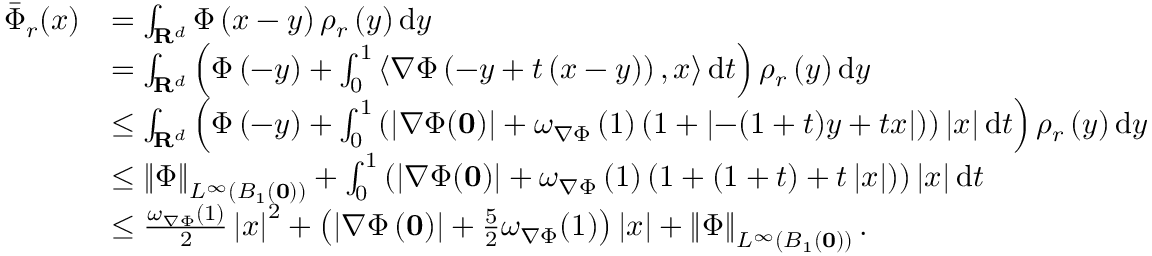
\begin{array} { r l } { \Bar { \Phi } _ { r } ( x ) } & { = \int _ { \mathbf { R } ^ { d } } \Phi \left( x - y \right) \rho _ { r } \left( y \right) \mathrm { d } y } \\ & { = \int _ { \mathbf { R } ^ { d } } \left( \Phi \left( - y \right) + \int _ { 0 } ^ { 1 } \left\langle \nabla \Phi \left( - y + t \left( x - y \right) \right) , x \right\rangle \mathrm { d } t \right) \rho _ { r } \left( y \right) \mathrm { d } y } \\ & { \le \int _ { \mathbf { R } ^ { d } } \left( \Phi \left( - y \right) + \int _ { 0 } ^ { 1 } \left( \left| \nabla \Phi ( \mathbf { 0 } ) \right| + \omega _ { \nabla \Phi } \left( 1 \right) \left( 1 + \left| - ( 1 + t ) y + t x \right| \right) \right) \left| x \right| \mathrm { d } t \right) \rho _ { r } \left( y \right) \mathrm { d } y } \\ & { \le \left\| \Phi \right\| _ { L ^ { \infty } ( B _ { 1 } ( \mathbf { 0 } ) ) } + \int _ { 0 } ^ { 1 } \left( \left| \nabla \Phi ( \mathbf { 0 } ) \right| + \omega _ { \nabla \Phi } \left( 1 \right) \left( 1 + ( 1 + t ) + t \left| x \right| \right) \right) \left| x \right| \mathrm { d } t } \\ & { \le \frac { \omega _ { \nabla \Phi } ( 1 ) } { 2 } \left| x \right| ^ { 2 } + \left( \left| \nabla \Phi \left( \mathbf { 0 } \right) \right| + \frac { 5 } { 2 } \omega _ { \nabla \Phi } ( 1 ) \right) \left| x \right| + \left\| \Phi \right\| _ { L ^ { \infty } ( B _ { 1 } ( \mathbf { 0 } ) ) } . } \end{array}